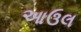
આઉલ